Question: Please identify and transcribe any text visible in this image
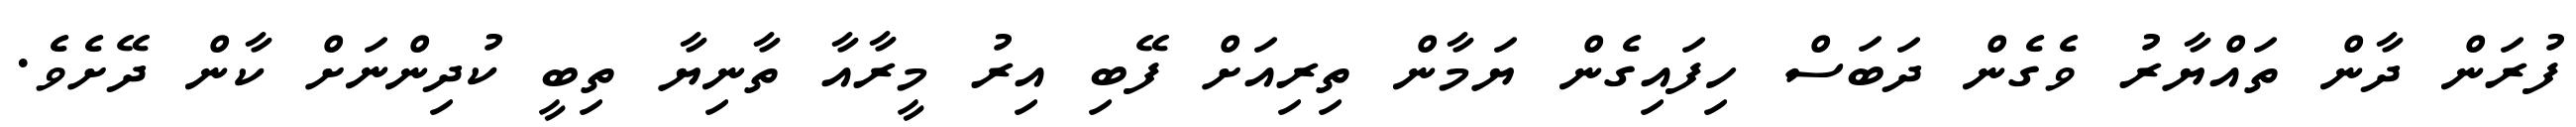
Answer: ފުރަން ދާން ތައްޔާރު ވެގެން ދަބަސް ހިފައިގެން ޔަމާން ތިރިއަށް ފޭބި އިރު މީރާއާ ތާނިޔާ ތިބީ ކުދިންނަށް ކާން ދޭށެވެ.